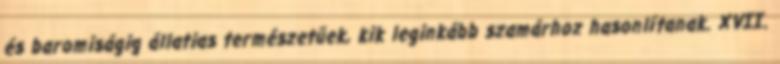
és baromiságig állatias természetűek, kik leginkább szamárhoz hasonlítanak. XVII.